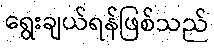
ရွေးချယ်ရန်ဖြစ်သည်